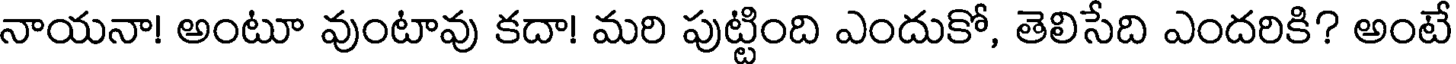
నాయనా! అంటూ వుంటావు కదా! మరి పుట్టింది ఎందుకో, తెలిసేది ఎందరికి? అంటే